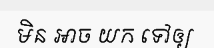
មិន អាច យក ទៅឲ្យ